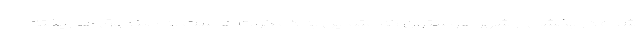
شده در بخشی از شهر هوستون که متمایل به دمکرات هاست به صندوق ها ریخته